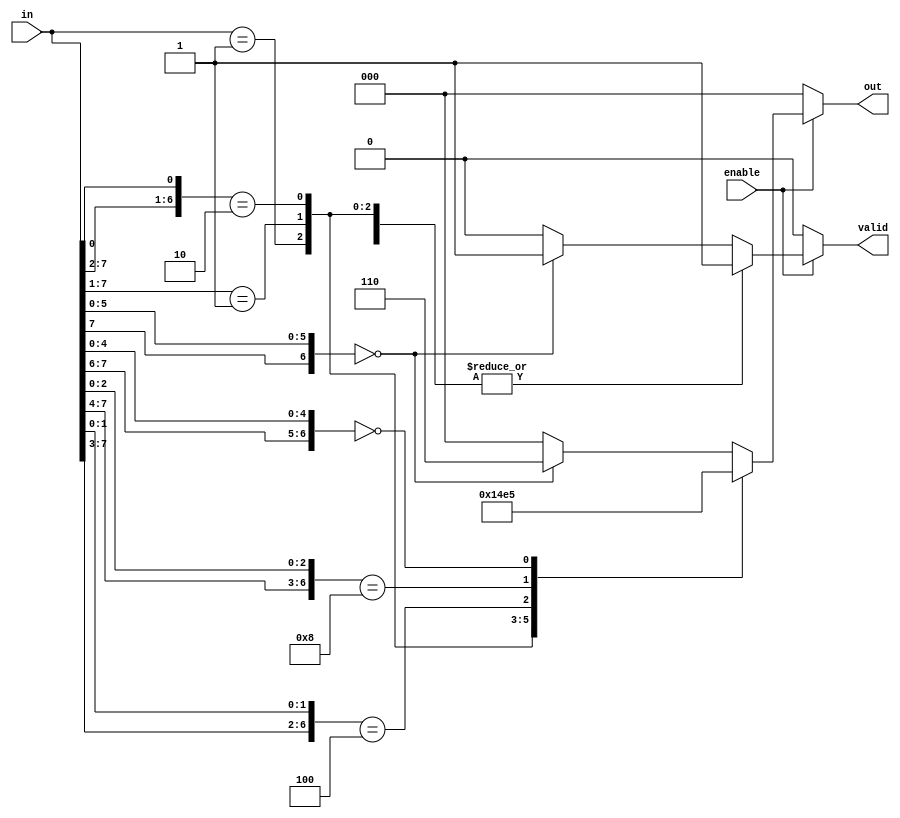
module multilevel_encoder (
    input wire [7:0] in,      // N input lines (8 inputs in this example)
    input wire enable,         // Enable signal
    output reg [2:0] out,      // M output lines (3 output bits for 8 inputs)
    output reg valid           // Valid output signal
);

    always @(*) begin
        if (!enable) begin
            out = 3'b000;      // Default output when disabled
            valid = 1'b0;      // Output is invalid
        end else begin
            casez (in)         // Case statement for active inputs
                8'b00000001: begin out = 3'b000; valid = 1'b1; end
                8'b0000001z: begin out = 3'b001; valid = 1'b1; end
                8'b000001z0: begin out = 3'b010; valid = 1'b1; end
                8'b00001z00: begin out = 3'b011; valid = 1'b1; end
                8'b0001z000: begin out = 3'b100; valid = 1'b1; end
                8'b00z00000: begin out = 3'b101; valid = 1'b1; end
                8'b0z000000: begin out = 3'b110; valid = 1'b1; end
                8'bz00000000: begin out = 3'b111; valid = 1'b1; end
                default: begin out = 3'b000; valid = 1'b0; end
            endcase
        end
    end

endmodule